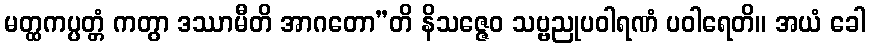
မတ္ထကပ္ပတ္တံ ကတွာ ဒဿာမီတိ အာဂတော”တိ နိသဇ္ဇေဝ သဗ္ဗညုပဝါရဏံ ပဝါရေတိ။ အယံ ခေါ